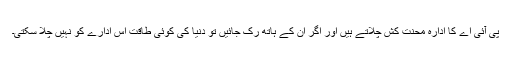
پی آئی اے کا ادارہ محنت کش چلاتے ہیں اور اگر ان کے ہاتھ رک جائیں تو دنیا کی کوئی طاقت اس ادارے کو نہیں چلا سکتی۔